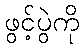
ဖွင့်ပွဲကို